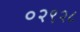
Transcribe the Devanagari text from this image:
०२९२८